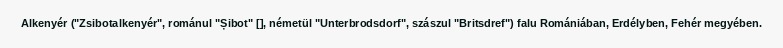
Alkenyér ("Zsibotalkenyér", románul "Șibot" [], németül "Unterbrodsdorf", szászul "Britsdref") falu Romániában, Erdélyben, Fehér megyében.